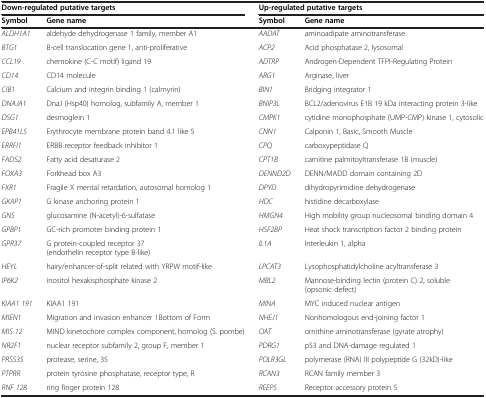
<table><thead><tr><td colspan="2"><b>Down-regulated putative targets</b></td><td colspan="2"><b>Up-regulated putative targets</b></td></tr><tr><td><b>Symbol</b></td><td><b>Gene name</b></td><td><b>Symbol</b></td><td><b>Gene name</b></td></tr></thead><tbody><tr><td><i>ALDH1A1</i></td><td>aldehyde dehydrogenase 1 family, member A1</td><td><i>AADAT</i></td><td>aminoadipate aminotransferase</td></tr><tr><td><i>BTG1</i></td><td>B-cell translocation gene 1, anti-proliferative</td><td><i>ACP2</i></td><td>Acid phosphatase 2, lysosomal</td></tr><tr><td><i>CCL19</i></td><td>chemokine (C-C motif) ligand 19</td><td><i>ADTRP</i></td><td>Androgen-Dependent TFPI-Regulating Protein</td></tr><tr><td><i>CD14</i></td><td>CD14 molecule</td><td><i>ARG1</i></td><td>Arginase, liver</td></tr><tr><td><i>CIB1</i></td><td>Calcium and integrin binding 1 (calmyrin)</td><td><i>BIN1</i></td><td>Bridging integrator 1</td></tr><tr><td><i>DNAJA1</i></td><td>DnaJ (Hsp40) homolog, subfamily A, member 1</td><td><i>BNIP3L</i></td><td>BCL2/adenovirus E1B 19 kDa interacting protein 3-like</td></tr><tr><td><i>DSG1</i></td><td>desmoglein 1</td><td><i>CMPK1</i></td><td>cytidine monophosphate (UMP-CMP) kinase 1, cytosolic</td></tr><tr><td><i>EPB41L5</i></td><td>Erythrocyte membrane protein band 4.1 like 5</td><td><i>CNN1</i></td><td>Calponin 1, Basic, Smooth Muscle</td></tr><tr><td><i>ERRFI1</i></td><td>ERBB receptor feedback inhibitor 1</td><td><i>CPQ</i></td><td>carboxypeptidase Q</td></tr><tr><td><i>FADS2</i></td><td>Fatty acid desaturase 2</td><td><i>CPT1B</i></td><td>carnitine palmitoyltransferase 1B (muscle)</td></tr><tr><td><i>FOXA3</i></td><td>Forkhead box A3</td><td><i>DENND2D</i></td><td>DENN/MADD domain containing 2D</td></tr><tr><td><i>FXR1</i></td><td>Fragile X mental retardation, autosomal homolog 1</td><td><i>DPYD</i></td><td>dihydropyrimidine dehydrogenase</td></tr><tr><td><i>GKAP1</i></td><td>G kinase anchoring protein 1</td><td><i>HDC</i></td><td>histidine decarboxylase</td></tr><tr><td><i>GNS</i></td><td>glucosamine (N-acetyl)-6-sulfatase</td><td><i>HMGN4</i></td><td>High mobility group nucleosomal binding domain 4</td></tr><tr><td><i>GPBP1</i></td><td>GC-rich promoter binding protein 1</td><td><i>HSF2BP</i></td><td>Heat shock transcription factor 2 binding protein</td></tr><tr><td><i>GPR37</i></td><td>G protein-coupled receptor 37 (endothelin receptor type B-like)</td><td><i>IL1A</i></td><td>Interleukin 1, alpha</td></tr><tr><td><i>HEYL</i></td><td>hairy/enhancer-of-split related with YRPW motif-like</td><td><i>LPCAT3</i></td><td>Lysophosphatidylcholine acyltransferase 3</td></tr><tr><td><i>IP6K2</i></td><td>inositol hexakisphosphate kinase 2</td><td><i>MBL2</i></td><td>Mannose-binding lectin (protein C) 2, soluble (opsonic defect)</td></tr><tr><td><i>KIAA1 191</i></td><td>KIAA1 191</td><td><i>MINA</i></td><td>MYC induced nuclear antigen</td></tr><tr><td><i>MIEN1</i></td><td>Migration and invasion enhancer 1Bottom of Form</td><td><i>NHEJ1</i></td><td>Nonhomologous end-joining factor 1</td></tr><tr><td><i>MIS 12</i></td><td>MIND kinetochore complex component, homolog (S. pombe)</td><td><i>OAT</i></td><td>ornithine aminotransferase (gyrate atrophy)</td></tr><tr><td><i>NR2F1</i></td><td>nuclear receptor subfamily 2, group F, member 1</td><td><i>PDRG1</i></td><td>p53 and DNA-damage regulated 1</td></tr><tr><td><i>PRSS35</i></td><td>protease, serine, 35</td><td><i>POLR3GL</i></td><td>polymerase (RNA) III polypeptide G (32kD)-like</td></tr><tr><td><i>PTPRR</i></td><td>protein tyrosine phosphatase, receptor type, R</td><td><i>RCAN3</i></td><td>RCAN family member 3</td></tr><tr><td><i>RNF 128</i></td><td>ring finger protein 128</td><td><i>REEP5</i></td><td>Receptor accessory protein 5</td></tr></tbody></table>